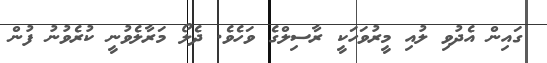
ގައިން އެދުވި ލުއި މީރުވަހަކީ ރާސިލްގެ ވަހެވެ. ދެލޯ މަރާލެވުނީ ކުރެވުނު ފުން